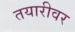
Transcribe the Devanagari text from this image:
तयारीवर